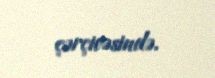
çərçivəsində.